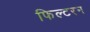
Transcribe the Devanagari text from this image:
फिल्टरन